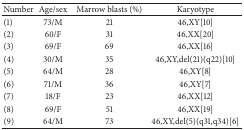
<table><thead><tr><td><b>Number</b></td><td><b>Age/sex</b></td><td><b>Marrow blasts (%)</b></td><td><b>Karyotype</b></td></tr></thead><tbody><tr><td>(1)</td><td>73/M</td><td>21</td><td>46,XY[10]</td></tr><tr><td>(2)</td><td>60/F</td><td>31</td><td>46,XX[20]</td></tr><tr><td>(3)</td><td>69/F</td><td>69</td><td>46,XX[16]</td></tr><tr><td>(4)</td><td>30/M</td><td>35</td><td>46,XY,del(21)(q22)[10]</td></tr><tr><td>(5)</td><td>64/M</td><td>28</td><td>46,XY[8]</td></tr><tr><td>(6)</td><td>71/M</td><td>36</td><td>46,XY[7]</td></tr><tr><td>(7)</td><td>18/F</td><td>23</td><td>46,XX[12]</td></tr><tr><td>(8)</td><td>69/F</td><td>51</td><td>46,XX[19]</td></tr><tr><td>(9)</td><td>64/M</td><td>73</td><td>46,XY,del(5)(q31,q34)[6]</td></tr></tbody></table>